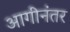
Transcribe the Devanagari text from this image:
आगीनंतर